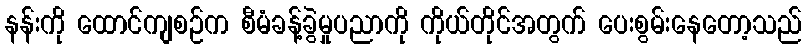
နန်းကို ထောင်ကျစဉ်က စီမံခန့်ခွဲမှုပညာကို ကိုယ်တိုင်အတွက် ပေးစွမ်းနေတော့သည်